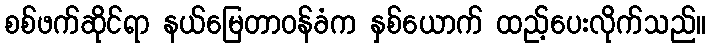
စစ်ဖက်ဆိုင်ရာ နယ်မြေတာဝန်ခံက နှစ်ယောက် ထည့်ပေးလိုက်သည်။